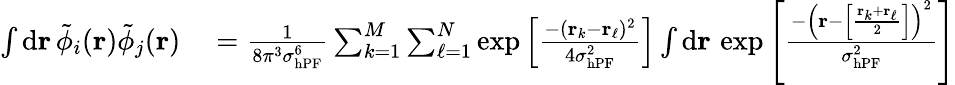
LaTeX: \begin{array}{rl}{\int\mathrm{d}\mathbf{r}\, \tilde{\phi}_{i}(\mathbf{r})\tilde{\phi}_{j}(\mathbf{r})}&{{}=\frac{1}{8\pi^{3}\sigma_{\mathrm{hPF}}^{6}}\sum_{k=1}^{M}\sum_{\ell=1}^{N}\exp\left[\frac{-(\mathbf{r}_{k}-\mathbf{r}_{\ell})^{2}}{4\sigma_{\mathrm{hPF}}^{2}}\right]\int\mathrm{d}\mathbf{r}\, \exp\left[\frac{-\left(\mathbf{r}-\left[\frac{\mathbf{r}_{k}+\mathbf{r}_{\ell}}{2}\right]\right)^{2}}{\sigma_{\mathrm{hPF}}^{2}}\right]}\end{array}